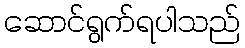
ဆောင်ရွက်ရပါသည်